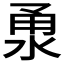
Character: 𣵳